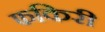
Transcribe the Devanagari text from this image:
फकिरी